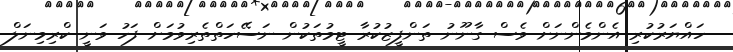
ހައްޔަރުކުރި އެންމެންނަށް ވެސް ގާނޫނު ތަންފީޒުކުރާ ޓީމުތަކުން ނަސޭހަތްތެރިވުމަށް ފަހު ވަނީ ކްރިމިނަލް